Scottish Certificate of Education, 1962
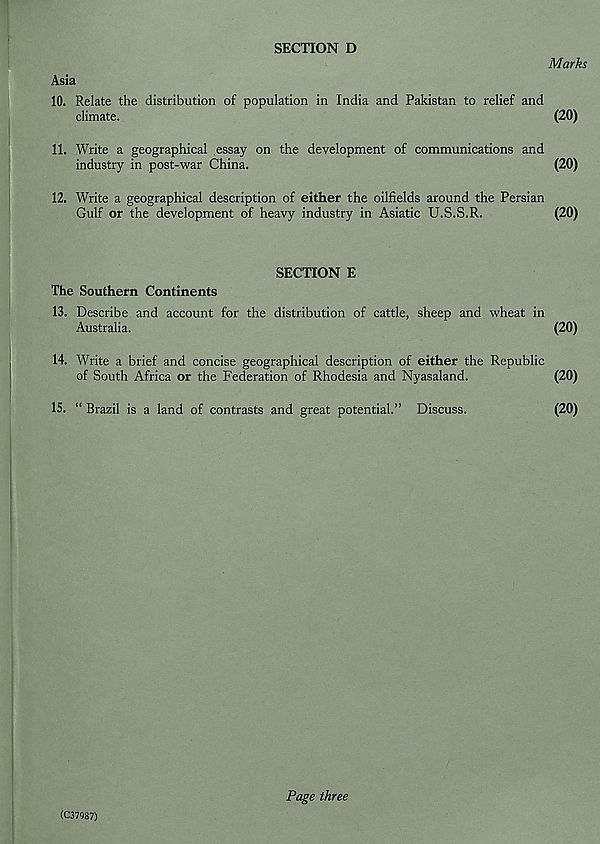
SECTION D
Marks
Asia
10. Relate the distribution of population in India and Pakistan to relief and
climate.
(20)
11. Write a geographical essay on the development of communications and
industry in post-war China.
(20)
12. Write a geographical description of either the oilfields around the Persian
Gulf or the development of heavy industry in Asiatic U.S.S.R.
(20)
SECTION E
The Southern Continents
13. Describe and account for the distribution of cattle, sheep and wheat in
Australia.
(20)
14. Write a brief and concise geographical description of either the Republic
of South Africa or the Federation of Rhodesia and Nyasaland.
(20)
15. “ Brazil is a land of contrasts and great potential.” Discuss.
(20)
(C37987)
Page three